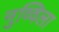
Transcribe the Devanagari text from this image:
नुव्विला